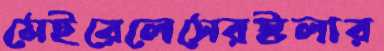
মেইরেলেসেরস্টলার